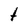
Character: t